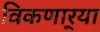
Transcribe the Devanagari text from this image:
विकणार्‍या